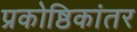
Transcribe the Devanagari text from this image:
प्रकोष्ठिकांतर